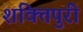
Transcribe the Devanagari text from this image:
शक्तिपुरी